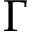
\Gamma